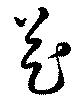
花